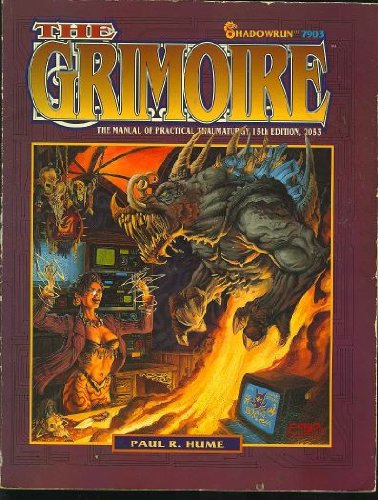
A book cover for The Grimoire: Manual of Practical Thaumaturgy : 2053 (Shadowrun); Paul R. Hume; Science Fiction & Fantasy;